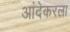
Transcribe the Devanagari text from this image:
आंदेकरला